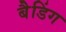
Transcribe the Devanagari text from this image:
बैडिंग